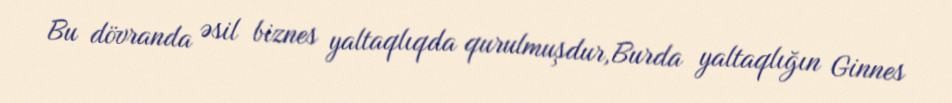
Bu dövranda əsil biznes yaltaqlıqda qurulmuşdur,Burda yaltaqlığın Ginnes